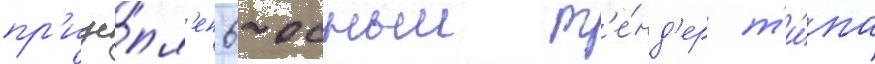
пр'ице́пл'ен 6-осныи т'е́нд'ер т'и́па